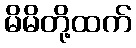
မိမိတို့ထက်